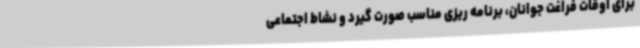
برای اوقات فراغت جوانان، برنامه ریزی مناسب صورت گیرد و نشاط اجتماعی